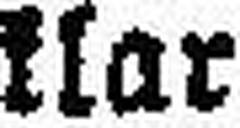
klar